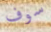
سوف